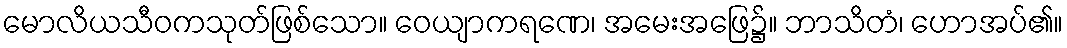
မောလိယသီဝကသုတ်ဖြစ်သော။ ဝေယျာကရဏေ၊ အမေးအဖြေ၌။ ဘာသိတံ၊ ဟောအပ်၏။